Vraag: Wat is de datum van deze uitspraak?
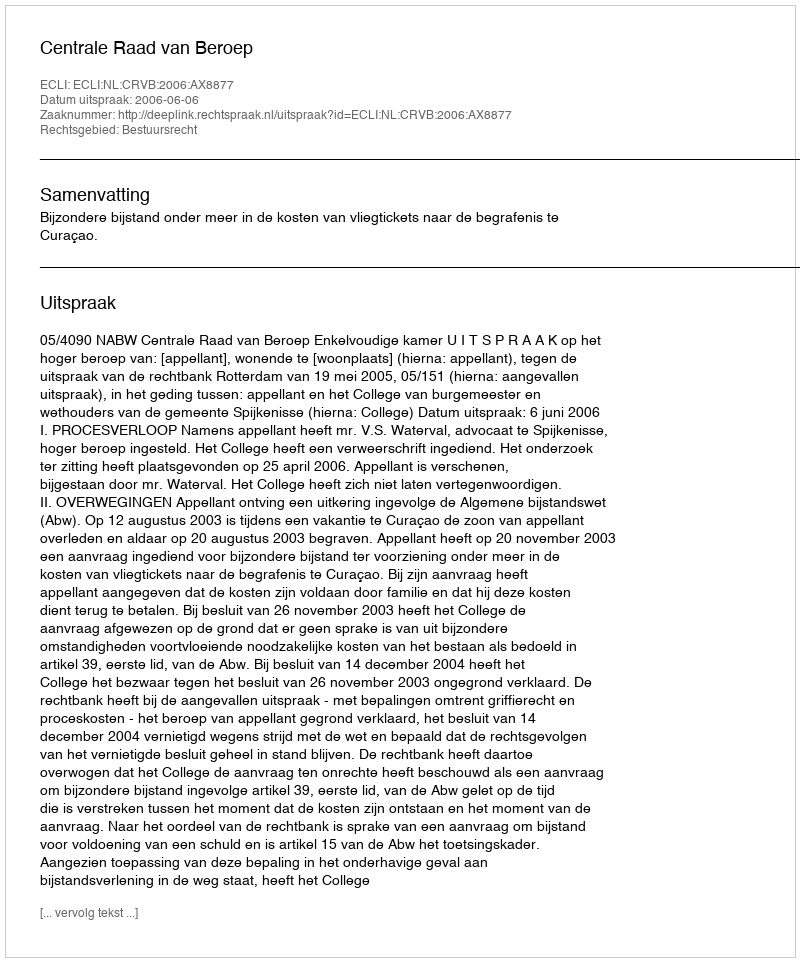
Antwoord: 2006-06-06